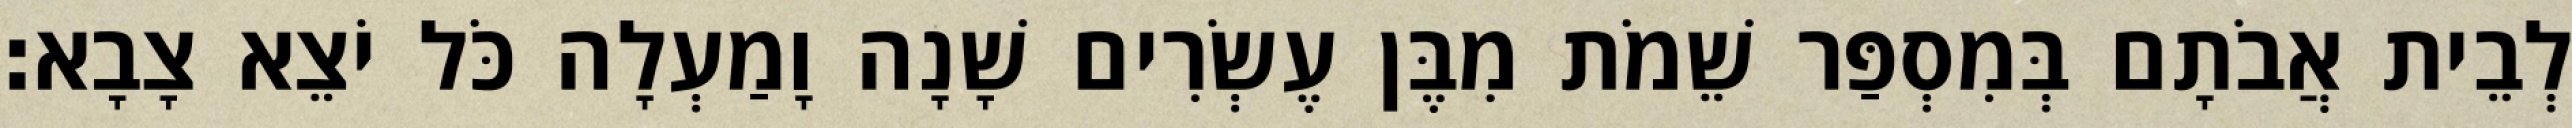
לְבֵית אֲבֹתָם בְּמִסְפַּר שֵׁמֹת מִבֶּן עֶשְׂרִים שָׁנָה וָמַעְלָה כֹּל יֹצֵא צָבָא׃